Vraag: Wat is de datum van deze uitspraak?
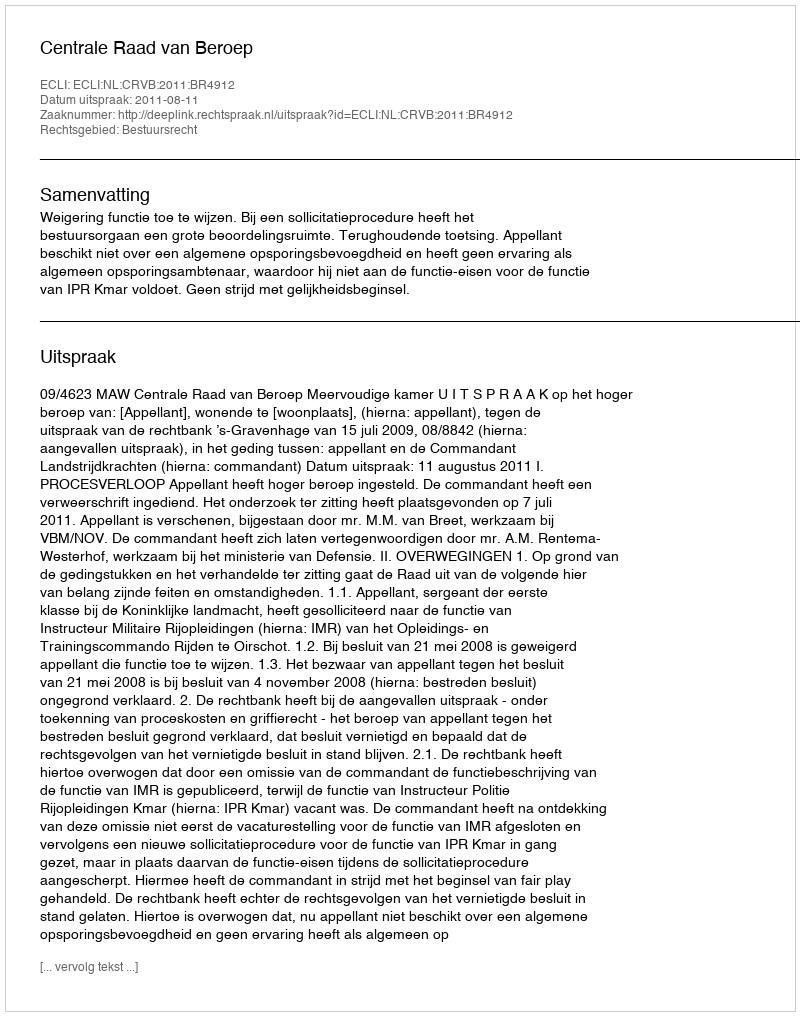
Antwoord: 2011-08-11